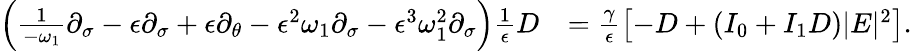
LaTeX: \begin{array}{rl}{\left(\frac{1}{-\omega_{1}}\partial_{\sigma}-\epsilon\partial_{\sigma}+\epsilon\partial_{\theta}-\epsilon^{2}\omega_{1}\partial_{\sigma}-\epsilon^{3}\omega_{1}^{2}\partial_{\sigma}\right)\frac{1}{\epsilon}D}&{=\frac{\gamma}{\epsilon}\left[-D+(I_{0}+I_{1}D)|E|^{2}\right].}\end{array}